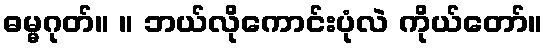
ဓမ္မဂုတ်။ ။ ဘယ်လိုကောင်းပုံလဲ ကိုယ်တော်။